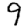
Digit: 9